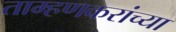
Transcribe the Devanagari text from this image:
ताम्हणकरांच्या